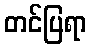
တင်ပြရာ